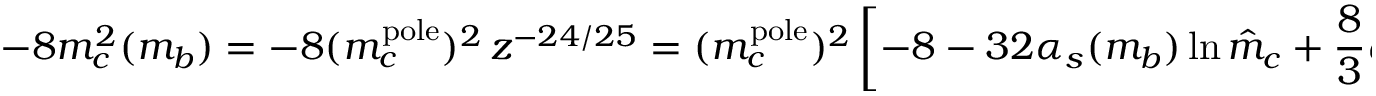
- 8 m _ { c } ^ { 2 } ( m _ { b } ) = - 8 ( m _ { c } ^ { \mathrm { p o l e } } ) ^ { 2 } \, z ^ { - 2 4 / 2 5 } = ( m _ { c } ^ { \mathrm { p o l e } } ) ^ { 2 } \left[ - 8 - 3 2 \alpha _ { s } ( m _ { b } ) \ln \hat { m } _ { c } + { \frac { 8 } { 3 } } \alpha _ { s } ( m _ { b } ) ^ { 2 } \ln ^ { 2 } \hat { m } _ { c } + \dots \right] \, ,